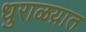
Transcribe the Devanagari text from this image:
धुराळय़ात